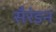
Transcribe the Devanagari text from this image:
सैरंडन